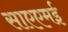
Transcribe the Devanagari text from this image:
साएएमई